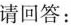
请回答：